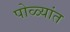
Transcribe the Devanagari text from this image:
पोळ्यांत